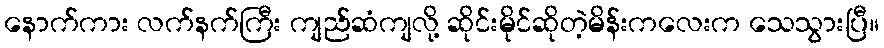
နောက်ကား လက်နက်ကြီး ကျည်ဆံကျလို့ ဆိုင်းမိုင်ဆိုတဲ့မိန်းကလေးက သေသွားပြီ။